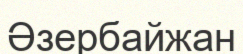
Әзербайжан